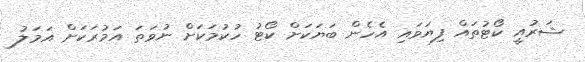
ޝަރުއީ ކޯޓުތައް ފިޔަވައި އެހެން ބަޔަކަށް ކޯޓު ހުކުމަކަށް ނުވަތަ އަމުރަކަށް އަމަލު